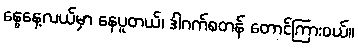
နွေနေ့လယ်မှာ နေပူတယ်၊ ဒါဂက်စတန် တောင်ကြားဝယ်။